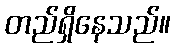
တည်ရှိနေသည်။